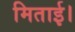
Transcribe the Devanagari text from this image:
मिताई।